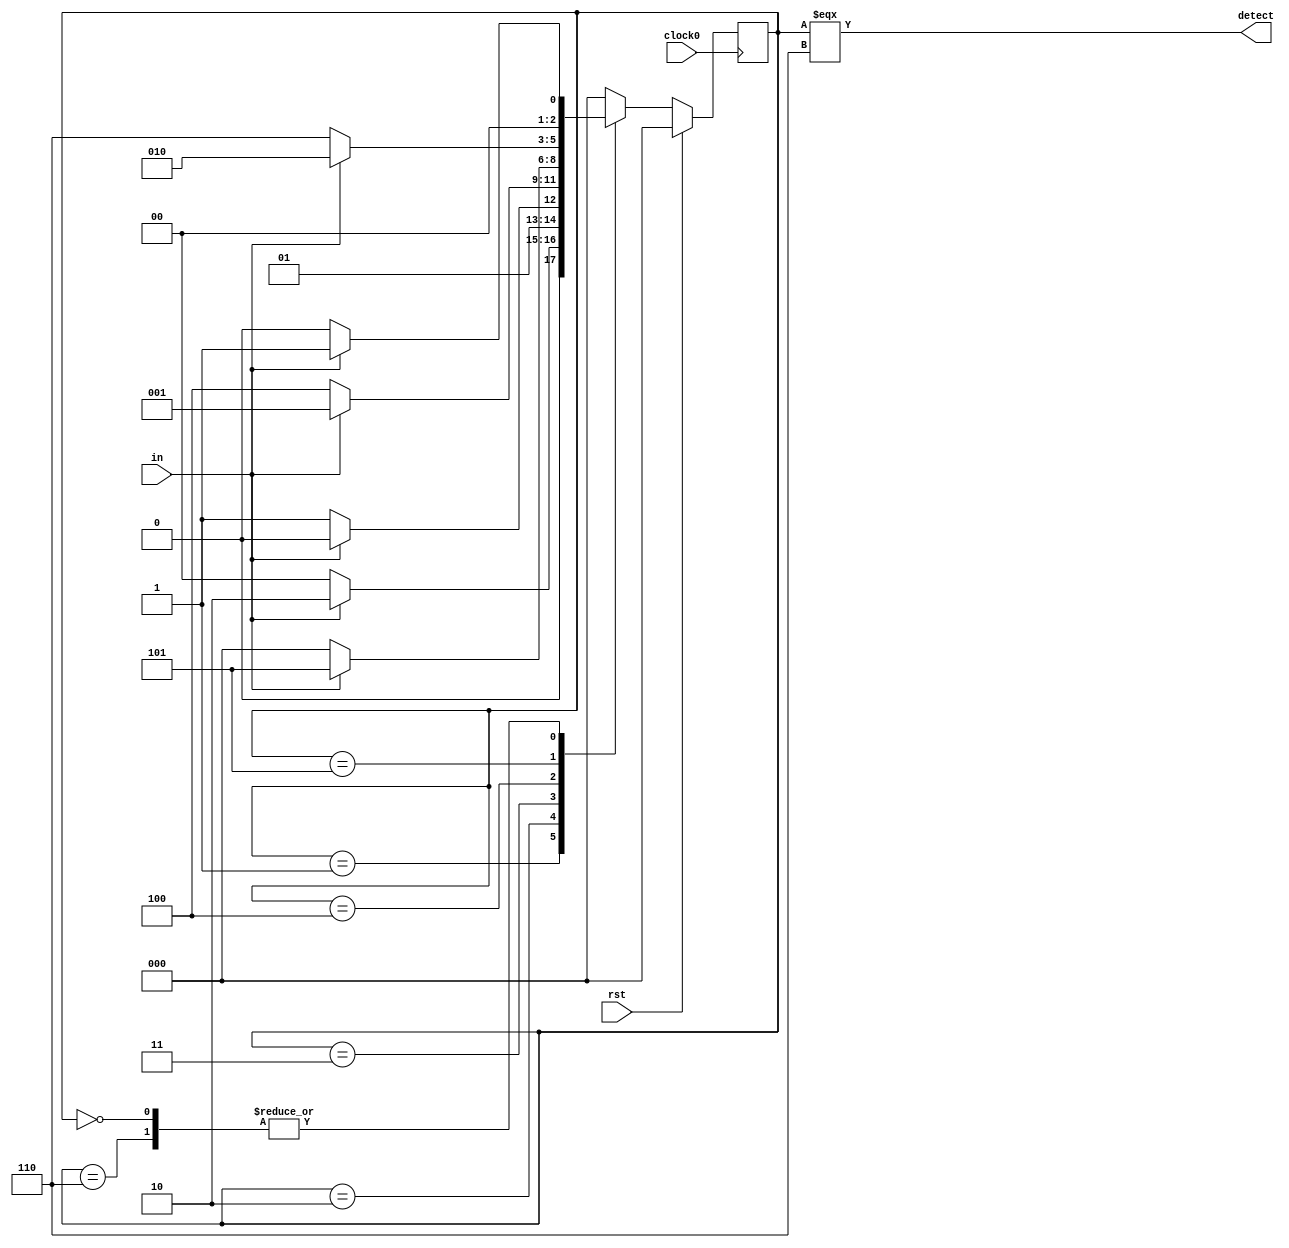
//-------------------------------------------------------
//  Functionality: Detects an overlapping sequence of "110010"
//-------------------------------------------------------
// `include "../clb_defines.v"


module sequence_detector_moore(
    input wire clock0, 
    input wire rst, 
    input wire in, 
    output wire detect);

parameter S0 = 0, S1 = 1, S2 = 2, S3 = 3, S4 = 4, S5 = 5, S6 = 6;

reg [2:0] state;
reg [2:0] next_state;

assign detect = (state === S6);


always @(posedge clock0) begin
    if(rst)begin
        state <= S0;
    end else begin
        state <= next_state;
    end
end
// initial begin
//     $monitor("state = %d",state);    
// end


always @(state, in) begin
    case (state)
        S0: begin
            if (in) begin
                next_state = S1;
            end else begin
                next_state = S0;
            end
        end
        S1: begin
            if (in) begin
                next_state = S2;
            end else begin
                next_state = S0;
            end
        end
        S2: begin
            if (in) begin
                next_state = S2;
            end else begin
                next_state = S3;
            end
        end
        S3: begin
            if (in) begin
                next_state = S1;
            end else begin
                next_state = S4;
            end
        end
        S4: begin
            if (in) begin
                next_state = S5;
            end else begin
                next_state = S0;
            end
        end
        S5: begin   
            if (in) begin
                next_state = S2;
            end else begin
                next_state = S6;
            end
        end
        S6: begin
            if(in) begin
                next_state = S1;
            end else begin
                next_state = S0;
            end
        end
        default: begin
            next_state = S0;
        end

    endcase
end

endmodule